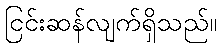
ငြင်းဆန်လျက်ရှိသည်။